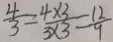
\frac { 4 } { 3 } = \frac { 4 \times 3 } { 3 \times 3 } = \frac { 1 2 } { 9 }